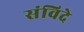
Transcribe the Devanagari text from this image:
संविदे